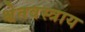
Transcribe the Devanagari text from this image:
श्वेतवस्त्राय